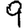
Digit: 9